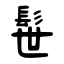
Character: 髰